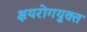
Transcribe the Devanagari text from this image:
क्षयरोगयुक्त